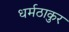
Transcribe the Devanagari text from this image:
धर्मठाकुर